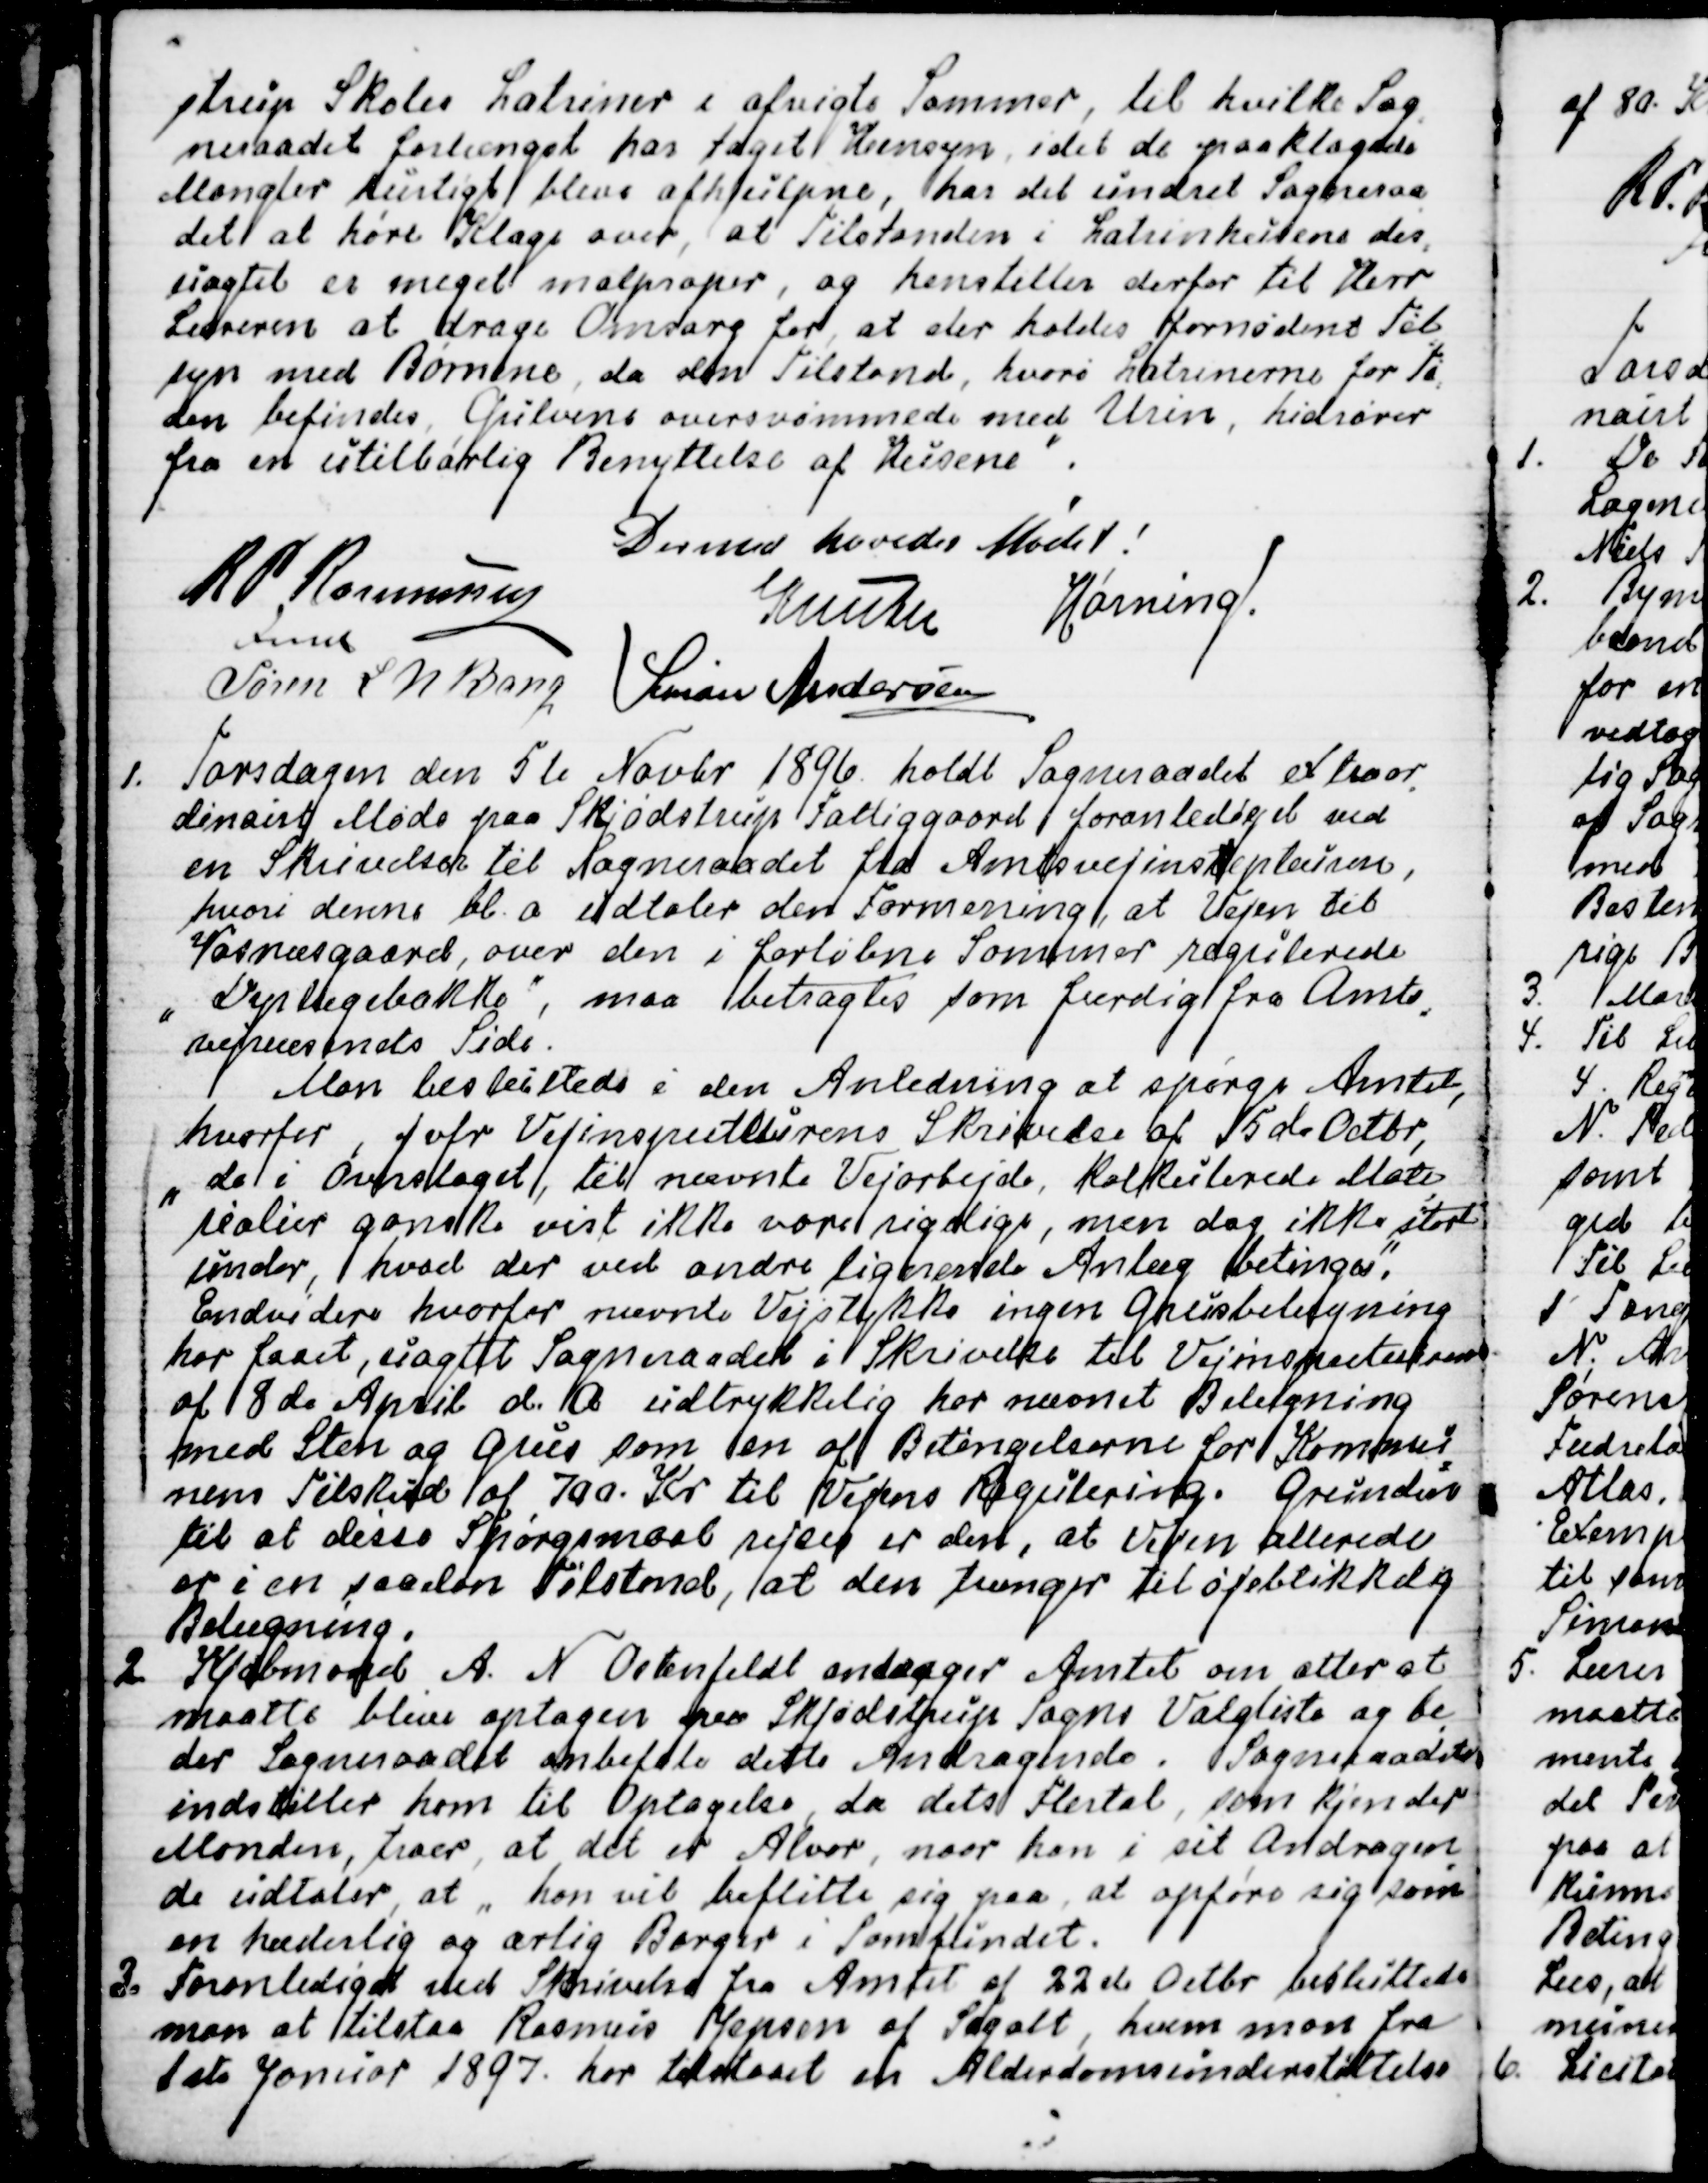
Transskription:
strup Skoles Latriner i afvigte Sommer, til hvilke Sog
-
neraadet forlængst har taget Hensyn, idet de paaklagede
Mangler hurtigt bleve afhjulpne, har det undret Sogneraa
-
det at høre Klage over, at Tilstanden i Latrinhusene des
-
uagtet er meget malproper, og henstiller derfor til Herr
Læreren at drage Omsorg for, at der holdes fornødent Til
-
syn med Børnene, da den Tilstand, hvori Latrinerne for Ti
-
den befindes, Gulvene oversvømmede med Urin, hidrører
fra en utilbørlig Benyttelse af Husene".
Dermed hævedes Mødet!
R P Rasmussen
Fmd
Knuth
Hørning
Søren L. N. Bang
Simon Andersen

1.Torsdagen den 5te Novbr 1896 holdt Sogneraadet extraor
-
dinairt Møde paa Skjødstrup Fattiggaard foranlediget ved
en Skrivelse til Sogneraadet fra Amtsvejintepteuren
hvori denne bl.a. udtaler den Formening, at Vejen til
Vosnæsgaard, over den i forløbne Sommer regulerede
"Dyrlægebakke", maa betragtes som færdig fra Amts
-
vejvæsenets Side.
Man besluttede i den Anledning at spørge Amtet,
hvorfor, jvfr Vejinspecteurens Skrivelse af 15de Octbr,
"de i Overslaget, til nævnte Vejarbejde kalkulerede Mate
-
rialier ganske vist ikke vore rigtige, men dog ikke stort
under, hvad der ved andre lignende Anlæg betinges".
Endvidere hvorfor nævnte Vejstykke ingen Grusbelægning
har faaet, uagtet Sogneraadet i Skrivelse til Vejinspecteuren
af 8de April d. A. udtrykkelig har nævnet Belægning
med Sten og Grus som en af Betingelserne for Kommu
=
nens Tilskud af 700. Kr til Vejens Regulering. Grunden
til at disse Spørgsmaal rejses er den, at Vejen allerede
er i en saadan Tilstand, at den trænger til øjeblikkelig
Belægning.
2. Kjøbmand A. N. Ostenfeldt andrager Amtet om atter at
maatte blive optagen paa Skjødstrups Sogns Valgliste og be
-
der Sogneraadet anbefale dette Andragende. Sogneraadet
indstiller ham til Optagelse, da dets Flertal, som kjender
Manden, troer, at det er Alvor, naar han i sit Andragen
-
de udtaler, at "han vil beflitte sig paa, at opføre sig som
en hæderlig og ærlig Borger i Samfundet.
3. Foranlediget ved Skrivelse fra Amtet af 22de Octbr besluttede
man at tilstaa Rasmus Jepsen af Segalt, hvem man fra
1ste Januar 1897. har tildelt en Alderdomsunderstøttelse